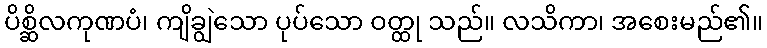
ပိစ္ဆိလကုဏပံ၊ ကျိချွဲသော ပုပ်သော ဝတ္ထု သည်။ လသိကာ၊ အစေးမည်၏။